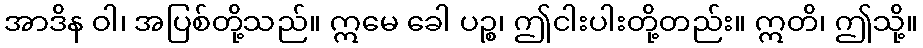
အာဒိန ဝါ၊ အပြစ်တို့သည်။ ဣမေ ခေါ ပဉ္စ၊ ဤငါးပါးတို့တည်း။ ဣတိ၊ ဤသို့။